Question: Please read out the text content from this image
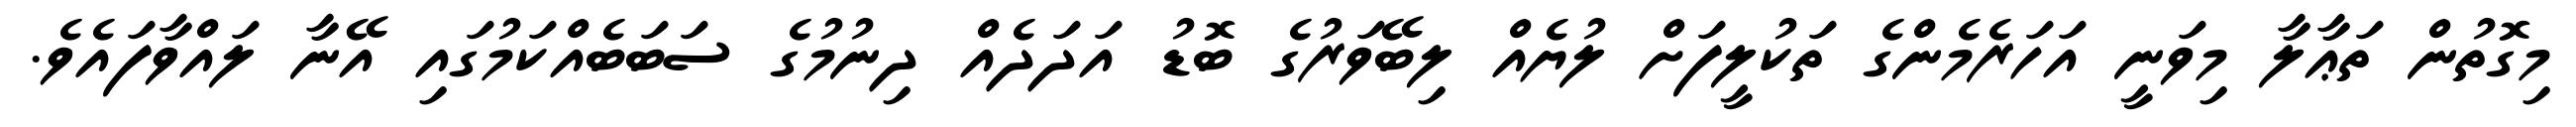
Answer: މިގޮތުން ތަޢާލާ މިވަނީ އަހަރެމެންގެ ތަކުލީފަށް ލުޔެއް ލިބޭވަރުގެ ބޮޑު އަދަދެއް ދިނުމުގެ ސަބަބެއްކަމުގައި އޭނާ ލައްވާފައެވެ.